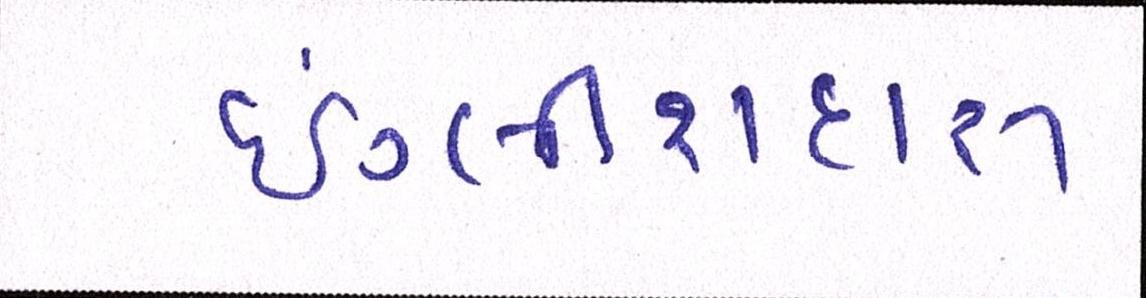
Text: ઇંગ્લીશદારૂ